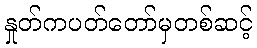
နှုတ်ကပတ်တော်မှတစ်ဆင့်